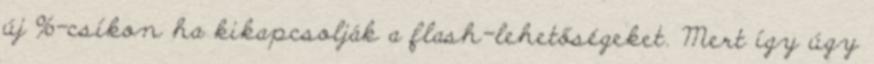
új %-csíkon ha kikapcsolják a flash-lehetőségeket. Mert így úgy